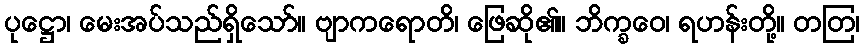
ပုဋ္ဌော၊ မေးအပ်သည်ရှိသော်။ ဗျာကရောတိ၊ ဖြေဆို၏။ ဘိက္ခဝေ၊ ရဟန်းတို့။ တတြ၊